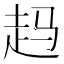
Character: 𲃉